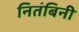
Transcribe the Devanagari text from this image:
नितंबिनी